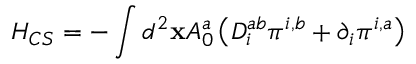
H _ { C S } = - \int d ^ { 2 } { \bf x } A _ { 0 } ^ { a } \left( D _ { i } ^ { a b } \pi ^ { i , b } + \partial _ { i } \pi ^ { i , a } \right)